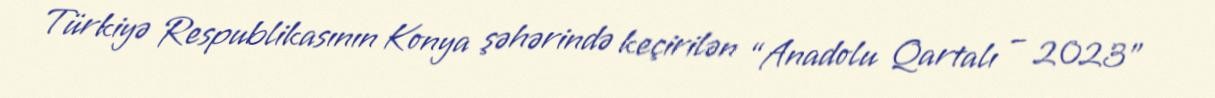
Türkiyə Respublikasının Konya şəhərində keçirilən “Anadolu Qartalı – 2023”